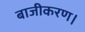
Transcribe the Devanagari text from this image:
बाजीकरण।